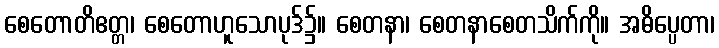
စေတောတိဧတ္တ၊ စေတောဟူသောပုဒ်၌။ စေတနာ၊ စေတနာစေတသိက်ကို။ အဓိပ္ပေတာ၊